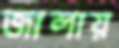
জালায়